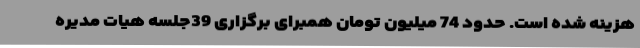
هزینه شده است. حدود 74 میلیون تومان همبرای برگزاری 39جلسه هیات مدیره